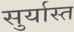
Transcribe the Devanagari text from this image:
सुर्यास्‍त